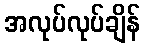
အလုပ်လုပ်ချိန်